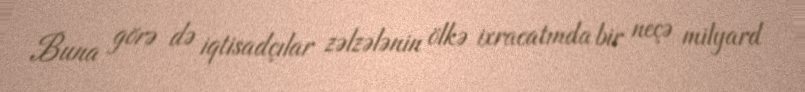
Buna görə də iqtisadçılar zəlzələnin ölkə ixracatında bir neçə milyard